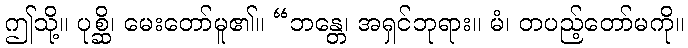
ဤသို့။ ပုစ္ဆိ၊ မေးတော်မူ၏။ “ဘန္တေ၊ အရှင်ဘုရား။ မံ၊ တပည့်တော်မကို။